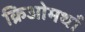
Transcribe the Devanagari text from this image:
क्रिओमथाँ